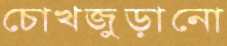
চোখজুড়ানো